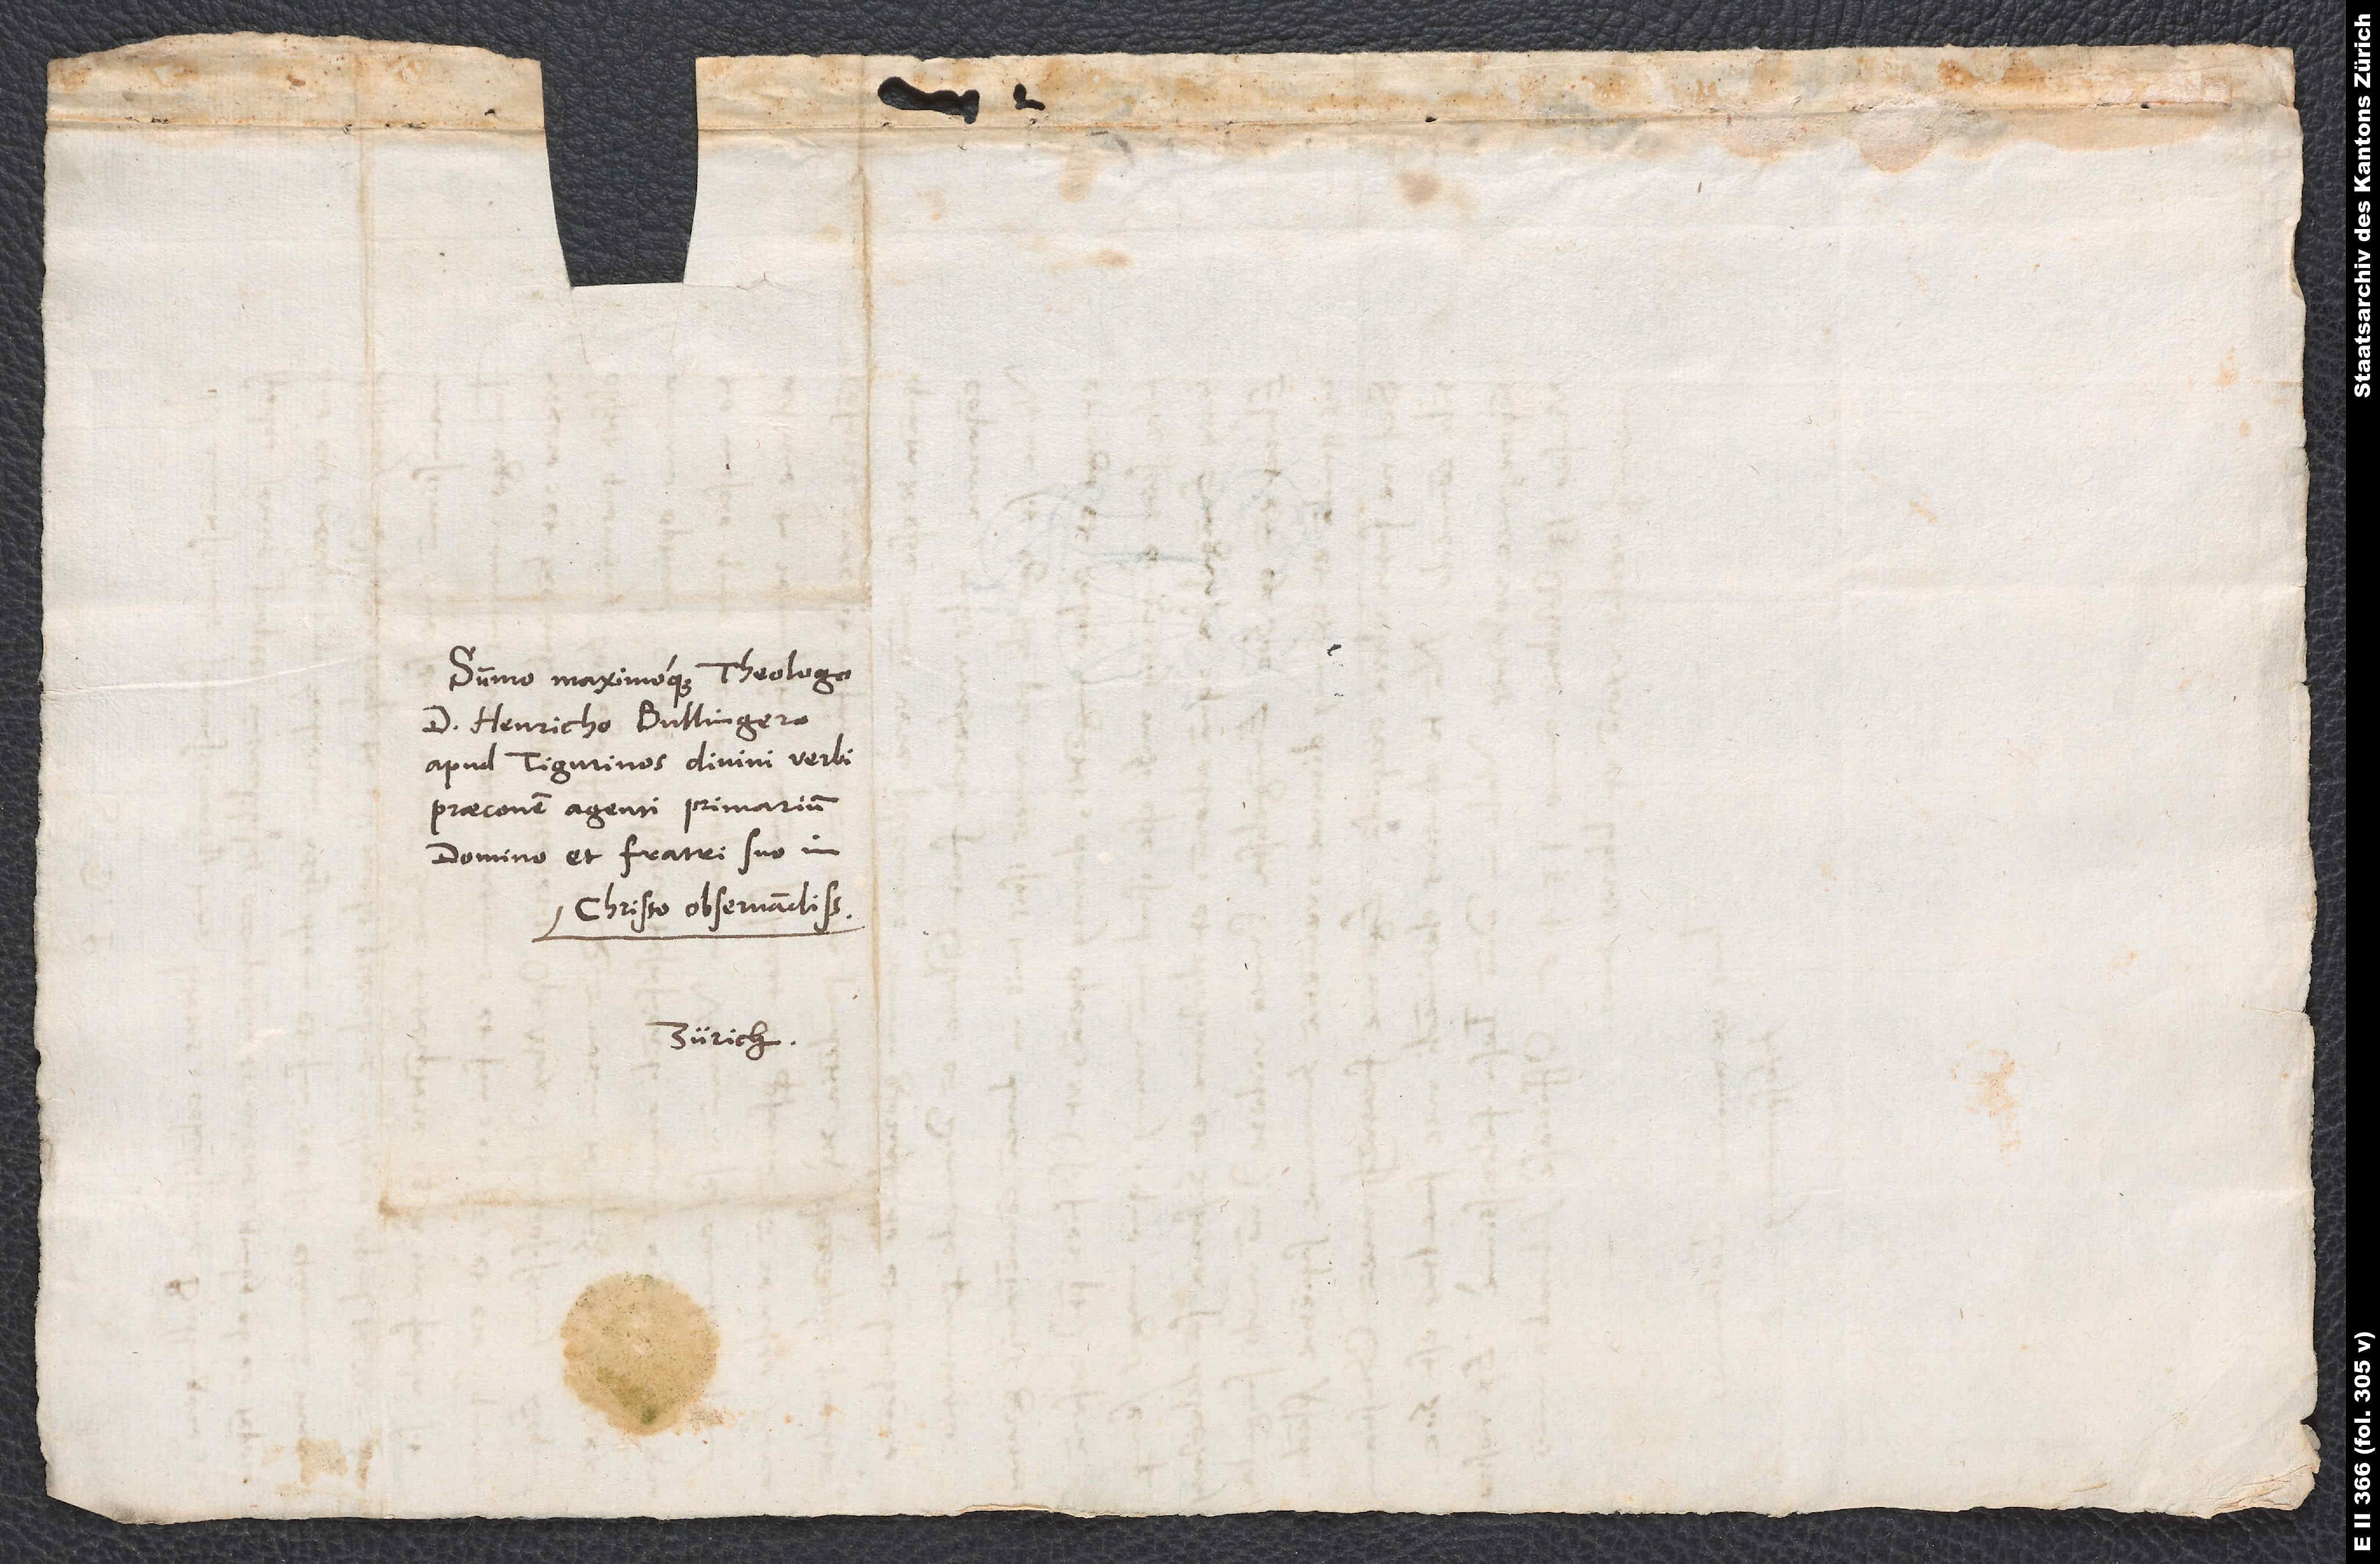
Summo maximoque theologo
d. Heinricho Bullingero,
apud Tigurinos divini verbi
praeconem agenti primarium,
domino et fratri suo in
Christo observandissimo.
Zürich.